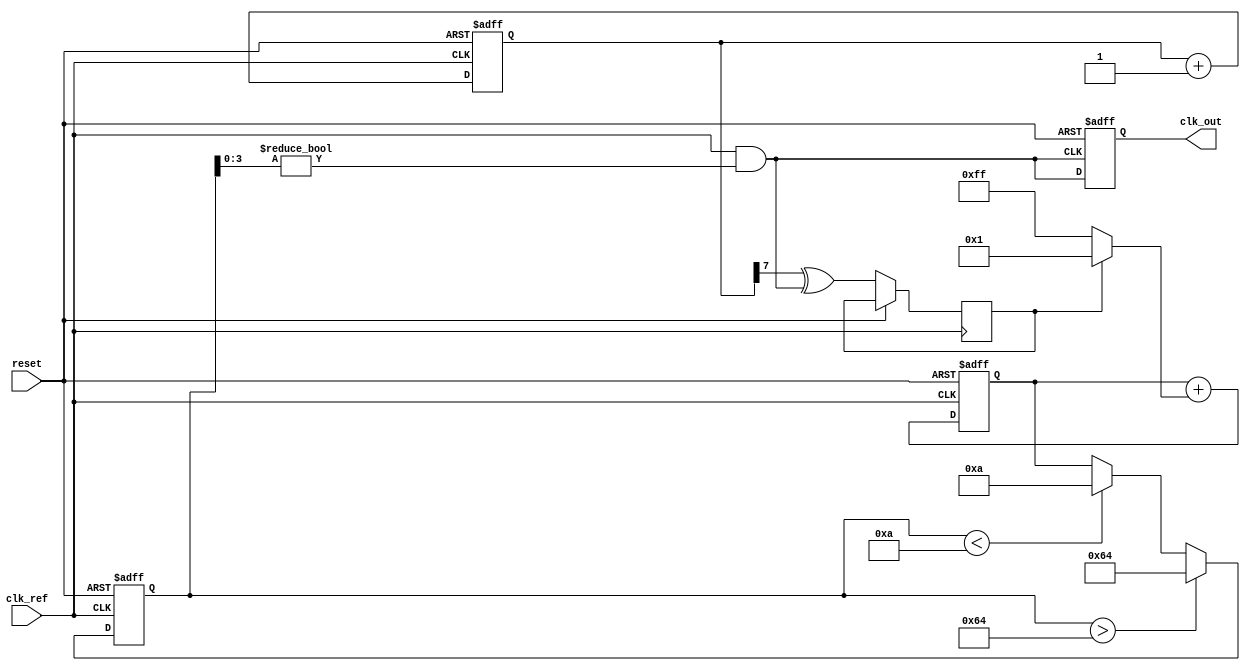
module dual_loop_pll (
    input wire clk_ref,           // Reference clock input
    input wire reset,             // Reset signal
    output wire clk_out           // Output clock
);
    // Parameters
    parameter integer VCO_MAX_FREQ = 100; // Maximum VCO frequency
    parameter integer VCO_MIN_FREQ = 10;   // Minimum VCO frequency
    parameter integer PHASE_DETECTOR_RES = 8; // Resolution of phase detector

    // Internal signals
    wire phase_error;              // Phase error signal from PD
    wire [7:0] loop_filter_out;     // Output of loop filter
    wire vco_out;                  // VCO output clock
    reg [7:0] vco_control;         // Control signal for VCO
    reg clk_out_reg;               // Registered output clock
    reg [7:0] phase_detector_cnt;  // Counter for phase detection

    // Phase Detector (PD)
    always @(posedge clk_ref or posedge reset) begin
        if (reset) begin
            phase_detector_cnt <= 0;
        end else begin
            // Simple phase detection logic (XOR based)
            phase_detector_cnt <= phase_detector_cnt + 1; // Increment count
            phase_error <= (phase_detector_cnt[PHASE_DETECTOR_RES-1] ^ vco_out);
        end
    end

    // Loop Filter (Outer Loop)
    always @(posedge clk_ref or posedge reset) begin
        if (reset) begin
            loop_filter_out <= 8'h00; // Reset filter output
        end else begin
            // Simple low-pass filter (1st order)
            loop_filter_out <= loop_filter_out + (phase_error ? 1 : -1);
        end
    end

    // Voltage-Controlled Oscillator (VCO)
    always @(posedge clk_ref or posedge reset) begin
        if (reset) begin
            vco_control <= 8'h00; // Reset control signal
        end else begin
            // Adjust VCO control signal based on loop filter output
            vco_control <= loop_filter_out;
            if (vco_control > VCO_MAX_FREQ) begin
                vco_control <= VCO_MAX_FREQ; // Limit max frequency
            end else if (vco_control < VCO_MIN_FREQ) begin
                vco_control <= VCO_MIN_FREQ; // Limit min frequency
            end
        end
    end

    // Generate VCO output clock based on control signal
    assign vco_out = (clk_ref & (vco_control[3:0] != 0)); // Simplified VCO output 

    // Output Buffer
    always @(posedge vco_out or posedge reset) begin
        if (reset) begin
            clk_out_reg <= 0; // Reset output clock
        end else begin
            clk_out_reg <= vco_out; // Buffer the VCO output
        end
    end

    assign clk_out = clk_out_reg; // Drive the output clock

endmodule